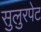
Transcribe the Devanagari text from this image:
सुलुरपेट